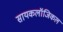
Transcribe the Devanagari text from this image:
सायकलॉजिकल